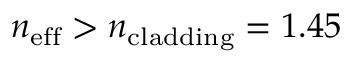
n _ { \mathrm { e f f } } > n _ { \mathrm { c l a d d i n g } } = 1 . 4 5